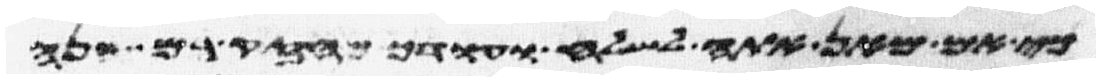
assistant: כי אם מאן אתה לשלח ועודך מחזק בם הנה